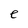
Character: e